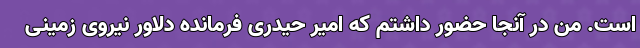
است. من در آنجا حضور داشتم که امیر حیدری فرمانده دلاور نیروی زمینی